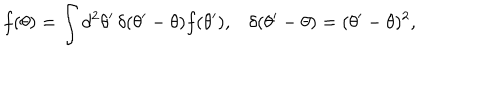
LaTeX: f ( \theta ) = \int d ^ { 2 } \theta ^ { \prime } \, \delta ( \theta ^ { \prime } - \theta ) f ( \theta ^ { \prime } ) , \delta ( \theta ^ { \prime } - \theta ) = ( \theta ^ { \prime } - \theta ) ^ { 2 } ,